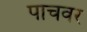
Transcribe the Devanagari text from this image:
पाचवर